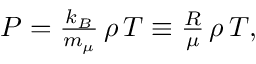
\begin{array} { r } { P = { \frac { k _ { B } } { m _ { \mu } } } \, \rho \, T \equiv { \frac { R } { \mu } } \, \rho \, T , } \end{array}